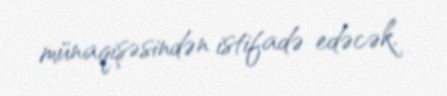
münaqişəsindən istifadə edəcək.